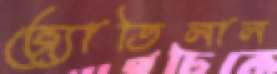
জ্যোতিলাল